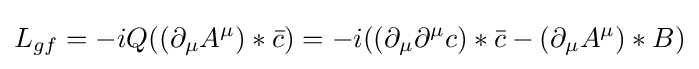
L_{gf}=-iQ((\partial _{\mu }A^{\mu })*{\bar {c}})=-i((\partial _{\mu }\partial ^{\mu }c)*{\bar {c}}-(\partial _{\mu }A^{\mu })*B)